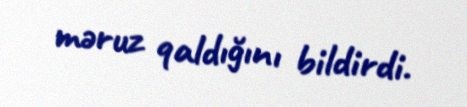
məruz qaldığını bildirdi.